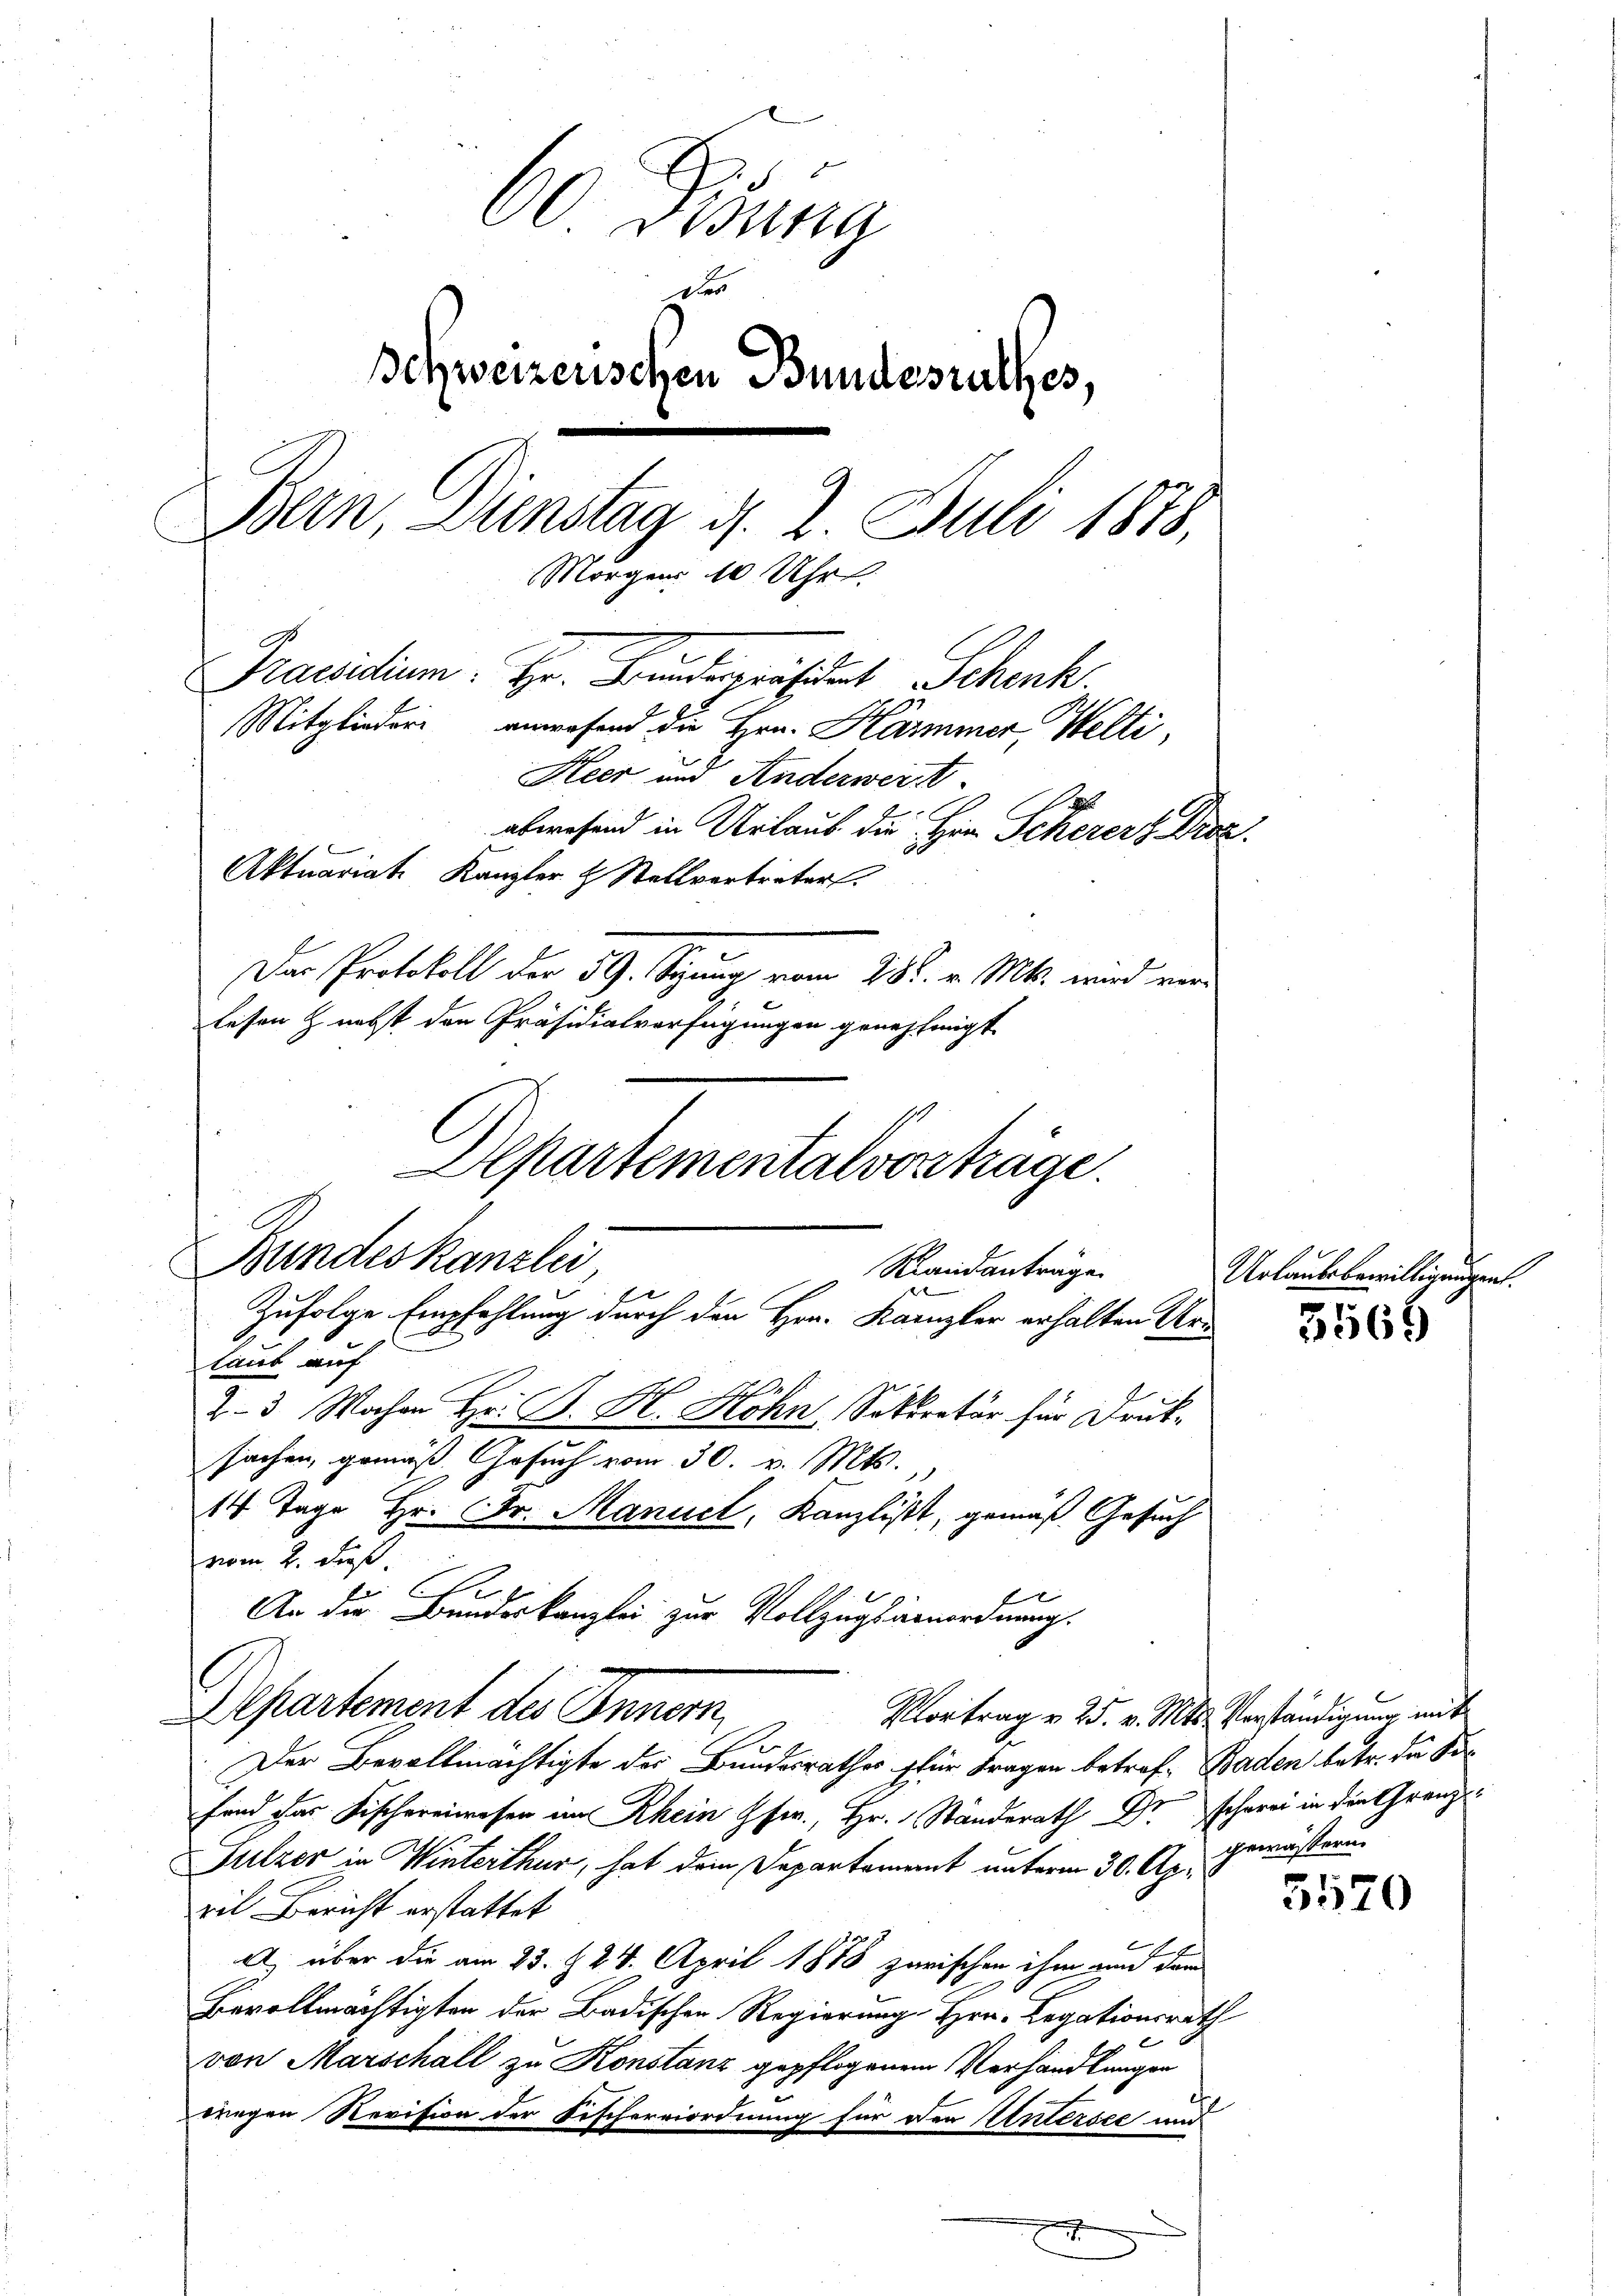
60 Bisung
De
Schweizerischen Bundesrathes,
Bern, Dienstag d. 2. Juli 1873.
Morgens 10 Uhr
Praesidium. Hr. Bunderpräsident Schenk
Mitglieder anwesend die Hrn. Kammer Welti,
Heer und Anderwert.
abwesend in Urlaub die Herr Scherers Droz.
Aktuariat Kanzler & Stellvertreter
Das Protokoll der 59. Syung vom 28. v. Mts. wird verlesen & nebst den Präsidialverfügungen genehmigt.
Departementalverträge.

Bundeskanzlei
Randanträge.
Zufolge Empfehlung durch den Hrn. Kanzler erhalten Urlaub auf
Z. 3 Wochen Hr. B. H. Höhn, Sekretär für Druk

sachen, gemäß Gesuch vom 30. v. Mts.
14 Tage Hr. Fr. Manuct, Kanzlist, gemäß Gesuch
vom 2. dieß.
C
An die Bundeskanzlei zur Vollzugsienordnung.
Vortrag v. 25. v. Mts. Verständigung mit
Der Bevollmächtigte des Bundesrathes für Fragen betref- Baden betr. da Sifand das Fischereiweser im Rhein fr., Hr. Ständerath Dr Schrei in die Grenz¬
Fulzer in Winterthur, hat dem Departament unterm 30. Apr. gemäßerun
ril Bericht erstattet
x
A, über die am 25. d. 24. April 1878 zurischen ihm und dem
Bevollmächtigten der Badischen Regierung Hrn. Legationsrath
von Marschall zu Konstanz gepflogenem Verhandlungen
wregen Revision der Fischervordnung für den Untersee und

Departement des Innern,

.

Urlaubsbewilligungen.

5565

3570